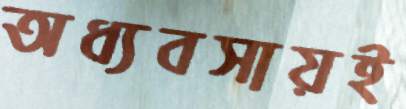
অধ্যবসায়ই